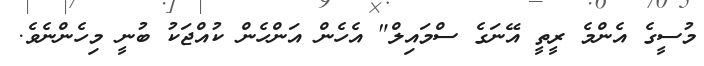
މުސީގެ އެންމެ ރީތީ އޭނަގެ ސްމައިލް" އެހެން އަންހެން ކުއްޖަކު ބުނީ މިހެންނެވެ.